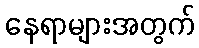
နေရာများအတွက်